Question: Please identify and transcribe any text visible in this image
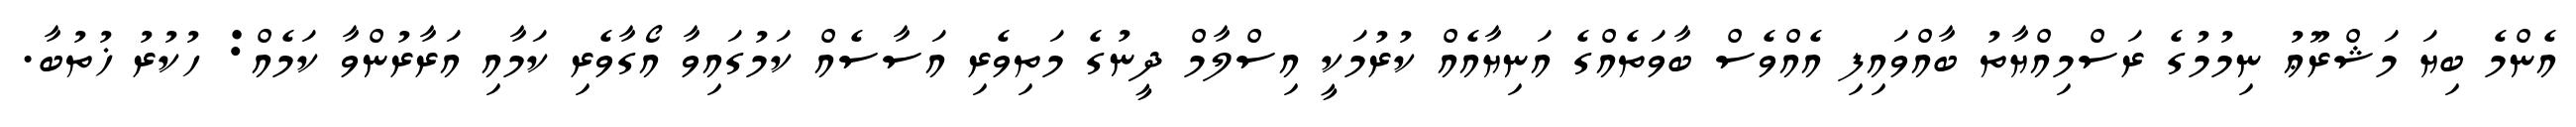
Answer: އެންމެ ބިޔަ މަޝްރޫޢު ނިމުމުގެ ރަސްމިއްޔާތު ބާއްވައިފި އެއްވެސް ބާވަތެއްގެ އަނިޔާއެއް ކުރުމަކީ އިސްލާމް ދީނުގެ މަތިވެރި އަސާސެއް ކަމުގައިވާ އޯގާވެރި ކަމާއި އަރާރުންވާ ކަމެއް: ހުކުރު ޚުތުބާ.